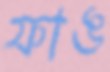
ফাঙ